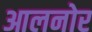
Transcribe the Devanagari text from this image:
आलनोर